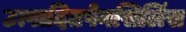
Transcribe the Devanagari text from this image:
उत्पादितपेनसिलिंस